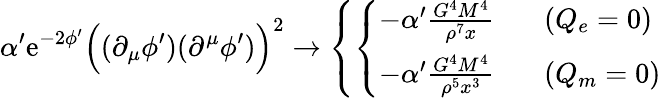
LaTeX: \alpha^{\prime}\mathrm{e}^{-2\phi^{\prime}}\Bigl((\partial_{\mu}\phi^{\prime})(\partial^{\mu}\phi^{\prime})\Bigr)^{2}\rightarrow\left\{ \left\{ \begin{array}{ll}{{-\alpha^{\prime}\frac{G^{4}M^{4}}{\rho^{7}x}~~~}}&{{(Q_{e}=0)}}\\ {{-\alpha^{\prime}\frac{G^{4}M^{4}}{\rho^{5}x^{3}}~~~}}&{{(Q_{m}=0)}}\end{array}\right.\right.